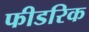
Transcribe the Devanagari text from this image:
फीडरिक